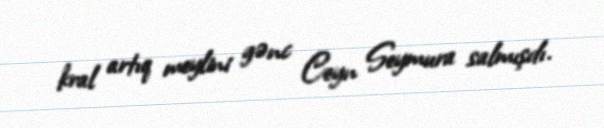
kral artıq meylini gənc Ceyn Seymura salmışdı.